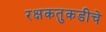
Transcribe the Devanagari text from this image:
रक्षकतुकडीचे